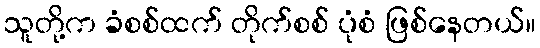
သူတို့က ခံစစ်ထက် တိုက်စစ် ပုံစံ ဖြစ်နေတယ်။